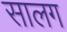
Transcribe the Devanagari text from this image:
सालग